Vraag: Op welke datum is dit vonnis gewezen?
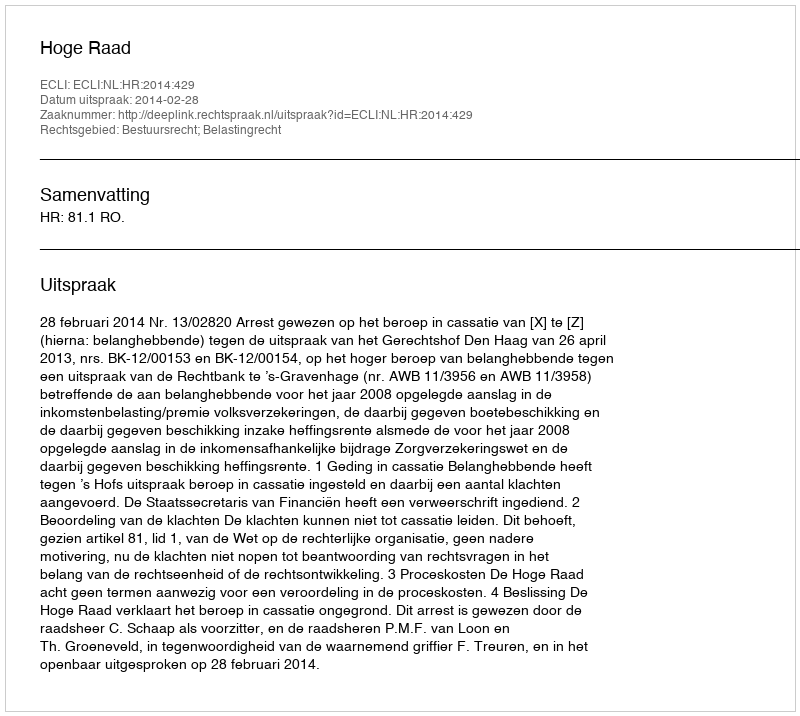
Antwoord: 2014-02-28